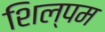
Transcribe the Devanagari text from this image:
शिल्पम